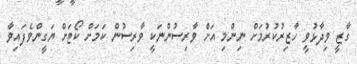
ގާޒީ ވިދާޅުވީ ހާޒިރުކުރުމަށް ނިންމި އަށް ވާރިސުންނަކީ ވާރިސުން ކަމަށް ކޯޓަށް ޔަގީންވެފައިވާ